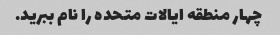
چهار منطقه ایالات متحده را نام ببرید.